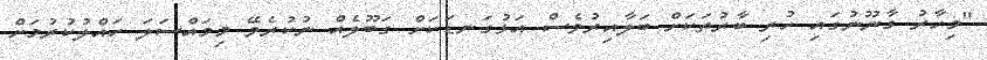
"މިހާރު ގާނޫނުގައި ހުރި ބާރުތަކަށް ބަލާއިރުވެސް އަޅުގަނޑަކަށް ގަބޫލެއް ނުކުރެވޭ މިމައްސަލަ ހައްލުކުރުމަށް